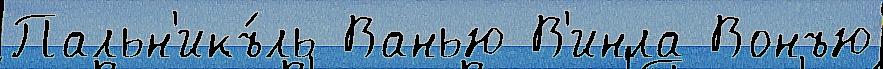
Пальн'икъ́ль Ванью В'инла Вонъю